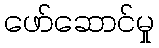
ဖော်ဆောင်မှု